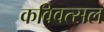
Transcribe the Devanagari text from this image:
कविवत्सल